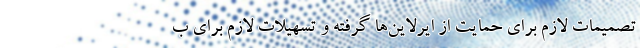
تصمیمات لازم برای حمایت از ایرلاین‌ها گرفته و تسهیلات لازم برای ب